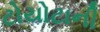
ટોયોટાની